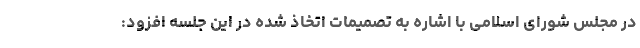
در مجلس شورای اسلامی با اشاره به تصمیمات اتخاذ شده در این جلسه افزود: